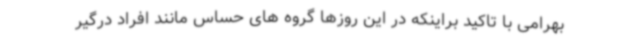
بهرامی با تاکید براینکه در این روزها گروه های حساس مانند افراد درگیر